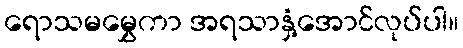
ရောသမမွှေကာ အရသာနှံ့အောင်လုပ်ပါ။